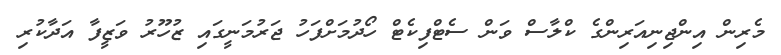
މެރިން އިންޖިނިއަރިންގެ ކްލާސް ވަން ސެޓްފިކެޓް ހޯދުމަށްފަހު ޖަރުމަނީގައި ޒުހޫރު ވަޒީފާ އަދާކުރި